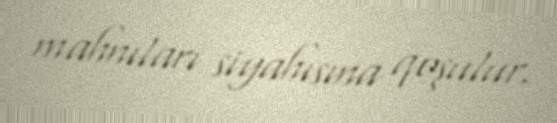
mahnıları siyahısına qoşulur.